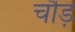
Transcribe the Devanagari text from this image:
चौड़